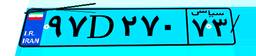
۴۰D۵۱۱۲۷